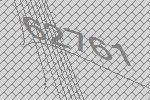
62761